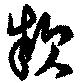
款